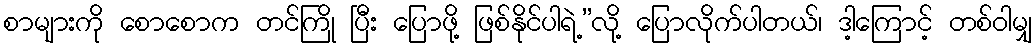
စာများကို စောစောက တင်ကြို ပြီး ပြောဖို့ ဖြစ်နိုင်ပါရဲ့”လို့ ပြောလိုက်ပါတယ်၊ ဒါ့ကြောင့် တစ်ဝါမျှ